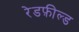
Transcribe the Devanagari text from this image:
रेडफ़ील्ड